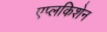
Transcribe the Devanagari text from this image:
एप्लकिशेन